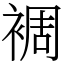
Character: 裯